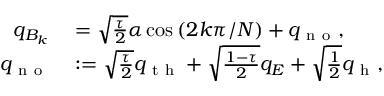
\begin{array} { r l } { q _ { B _ { k } } } & { { } = \sqrt { \frac { \tau } { 2 } } \alpha \cos \left( 2 k \pi / N \right) + q _ { \mathrm { ~ n ~ o ~ } } , } \\ { q _ { \mathrm { ~ n ~ o ~ } } } & { { } : = \sqrt { \frac { \tau } { 2 } } q _ { \mathrm { ~ t ~ h ~ } } + \sqrt { \frac { 1 - \tau } { 2 } } q _ { E } + \sqrt { \frac { 1 } { 2 } } q _ { \mathrm { ~ h ~ } } , } \end{array}